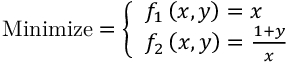
{ \mathrm { M i n i m i z e } } = { \left\{ \begin{array} { l l } { f _ { 1 } \left( x , y \right) = x } \\ { f _ { 2 } \left( x , y \right) = { \frac { 1 + y } { x } } } \end{array} \right. }